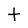
Character: t